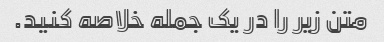
متن زیر را در یک جمله خلاصه کنید.